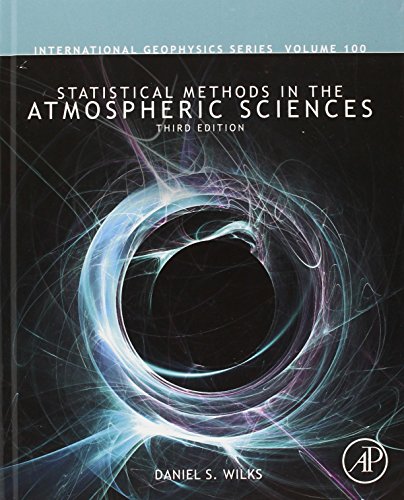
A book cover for Statistical Methods in the Atmospheric Sciences, Volume 100, Third Edition (International Geophysics); Daniel S. Wilks; Science & Math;